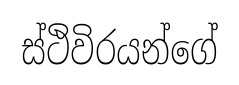
ස්ථිවිරයන්ගේ